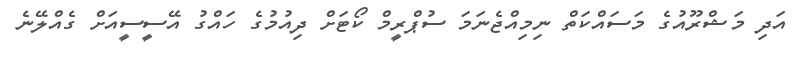
އަދި މަޝްރޫއުގެ މަސައްކަތް ނިމިއްޖެނަމަ ސުޕްރީމް ކޯޓަށް ދިއުމުގެ ހައްގު އޭސީސީއަށް ގެއްލޭނެ